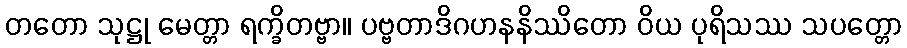
တတော သုဋ္ဌု မေတ္တာ ရက္ခိတဗ္ဗာ။ ပဗ္ဗတာဒိဂဟနနိဿိတော ဝိယ ပုရိသဿ သပတ္တော